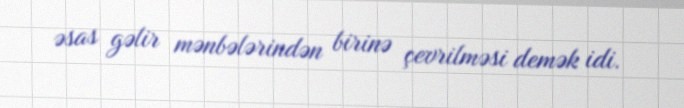
əsas gəlir mənbələrindən birinə çevrilməsi demək idi.